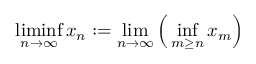
\operatorname* { l i m i n f } _ { n \to \infty } x _ { n } : = \operatorname* { l i m } _ { n \to \infty } { \Big ( } \operatorname* { i n f } _ { m \geq n } x _ { m } { \Big ) }